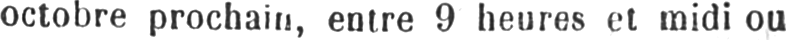
octobre prochain, entre 9 heures et midi ou